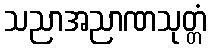
သညာအညာဏသုတ္တံ